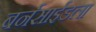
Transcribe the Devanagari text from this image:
बर्नसाईडला